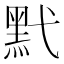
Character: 黓